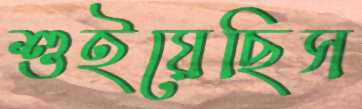
শুইয়েছিস